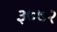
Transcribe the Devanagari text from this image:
३७७२